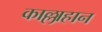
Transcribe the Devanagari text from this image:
काल्लाहान